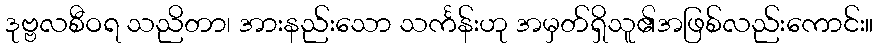
ဒုဗ္ဗလစီဝရ သညိတာ၊ အားနည်းသော သင်္ကန်းဟု အမှတ်ရှိသူ၏အဖြစ်လည်းကောင်း။